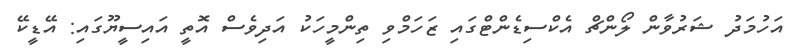
އަހުމަދު ޝަރުވާން ލޯންޗް އެކްސިޑެންޓްގައި ޒަހަމްވި ތިންމީހަކު އަދިވެސް އޮތީ އައިސީޔޫގައި: އޭޑީކޭ